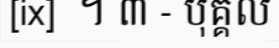
[ix]  ។ ៣ - បុគ្គល